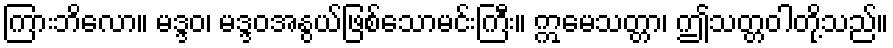
ကြားဘိလော။ မဒ္ဒဝ၊ မဒ္ဒဝအနွယ်ဖြစ်သောမင်းကြီး။ ဣမေသတ္တာ၊ ဤသတ္တဝါတို့သည်။